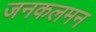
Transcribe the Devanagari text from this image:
जनकलमन